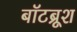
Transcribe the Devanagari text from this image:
बॉटब्रूश